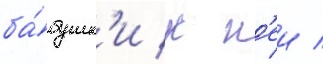
ба́бушк'и к н'еи /